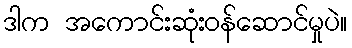
ဒါက အကောင်းဆုံးဝန်ဆောင်မှုပဲ။